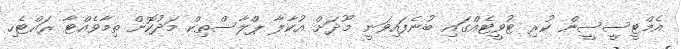
އެމްޓީސީސީން ކުރި ޓުވީޓެއްގައި ބުނެފައިވަނީ މޫދަށް އުކާލާ ޕްލާސްތިކް މަދުކޮށް ތިމާވެއްޓާ ރައްޓެހި